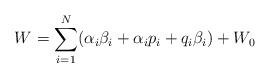
LaTeX: \begin{align*}W=\sum_{i=1}^N(\alpha_i\beta_i+\alpha_ip_i+q_i\beta_i)+W_0\end{align*}